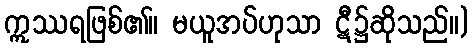
ဣဿရဖြစ်၏။ မယူအပ်ဟုသာ ဋီ၌ဆိုသည်။)